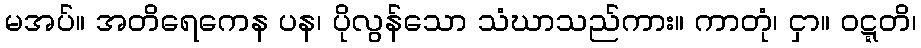
မအပ်။ အတိရေကေန ပန၊ ပိုလွန်သော သံဃာသည်ကား။ ကာတုံ၊ ငှာ။ ဝဋ္ဋတိ၊